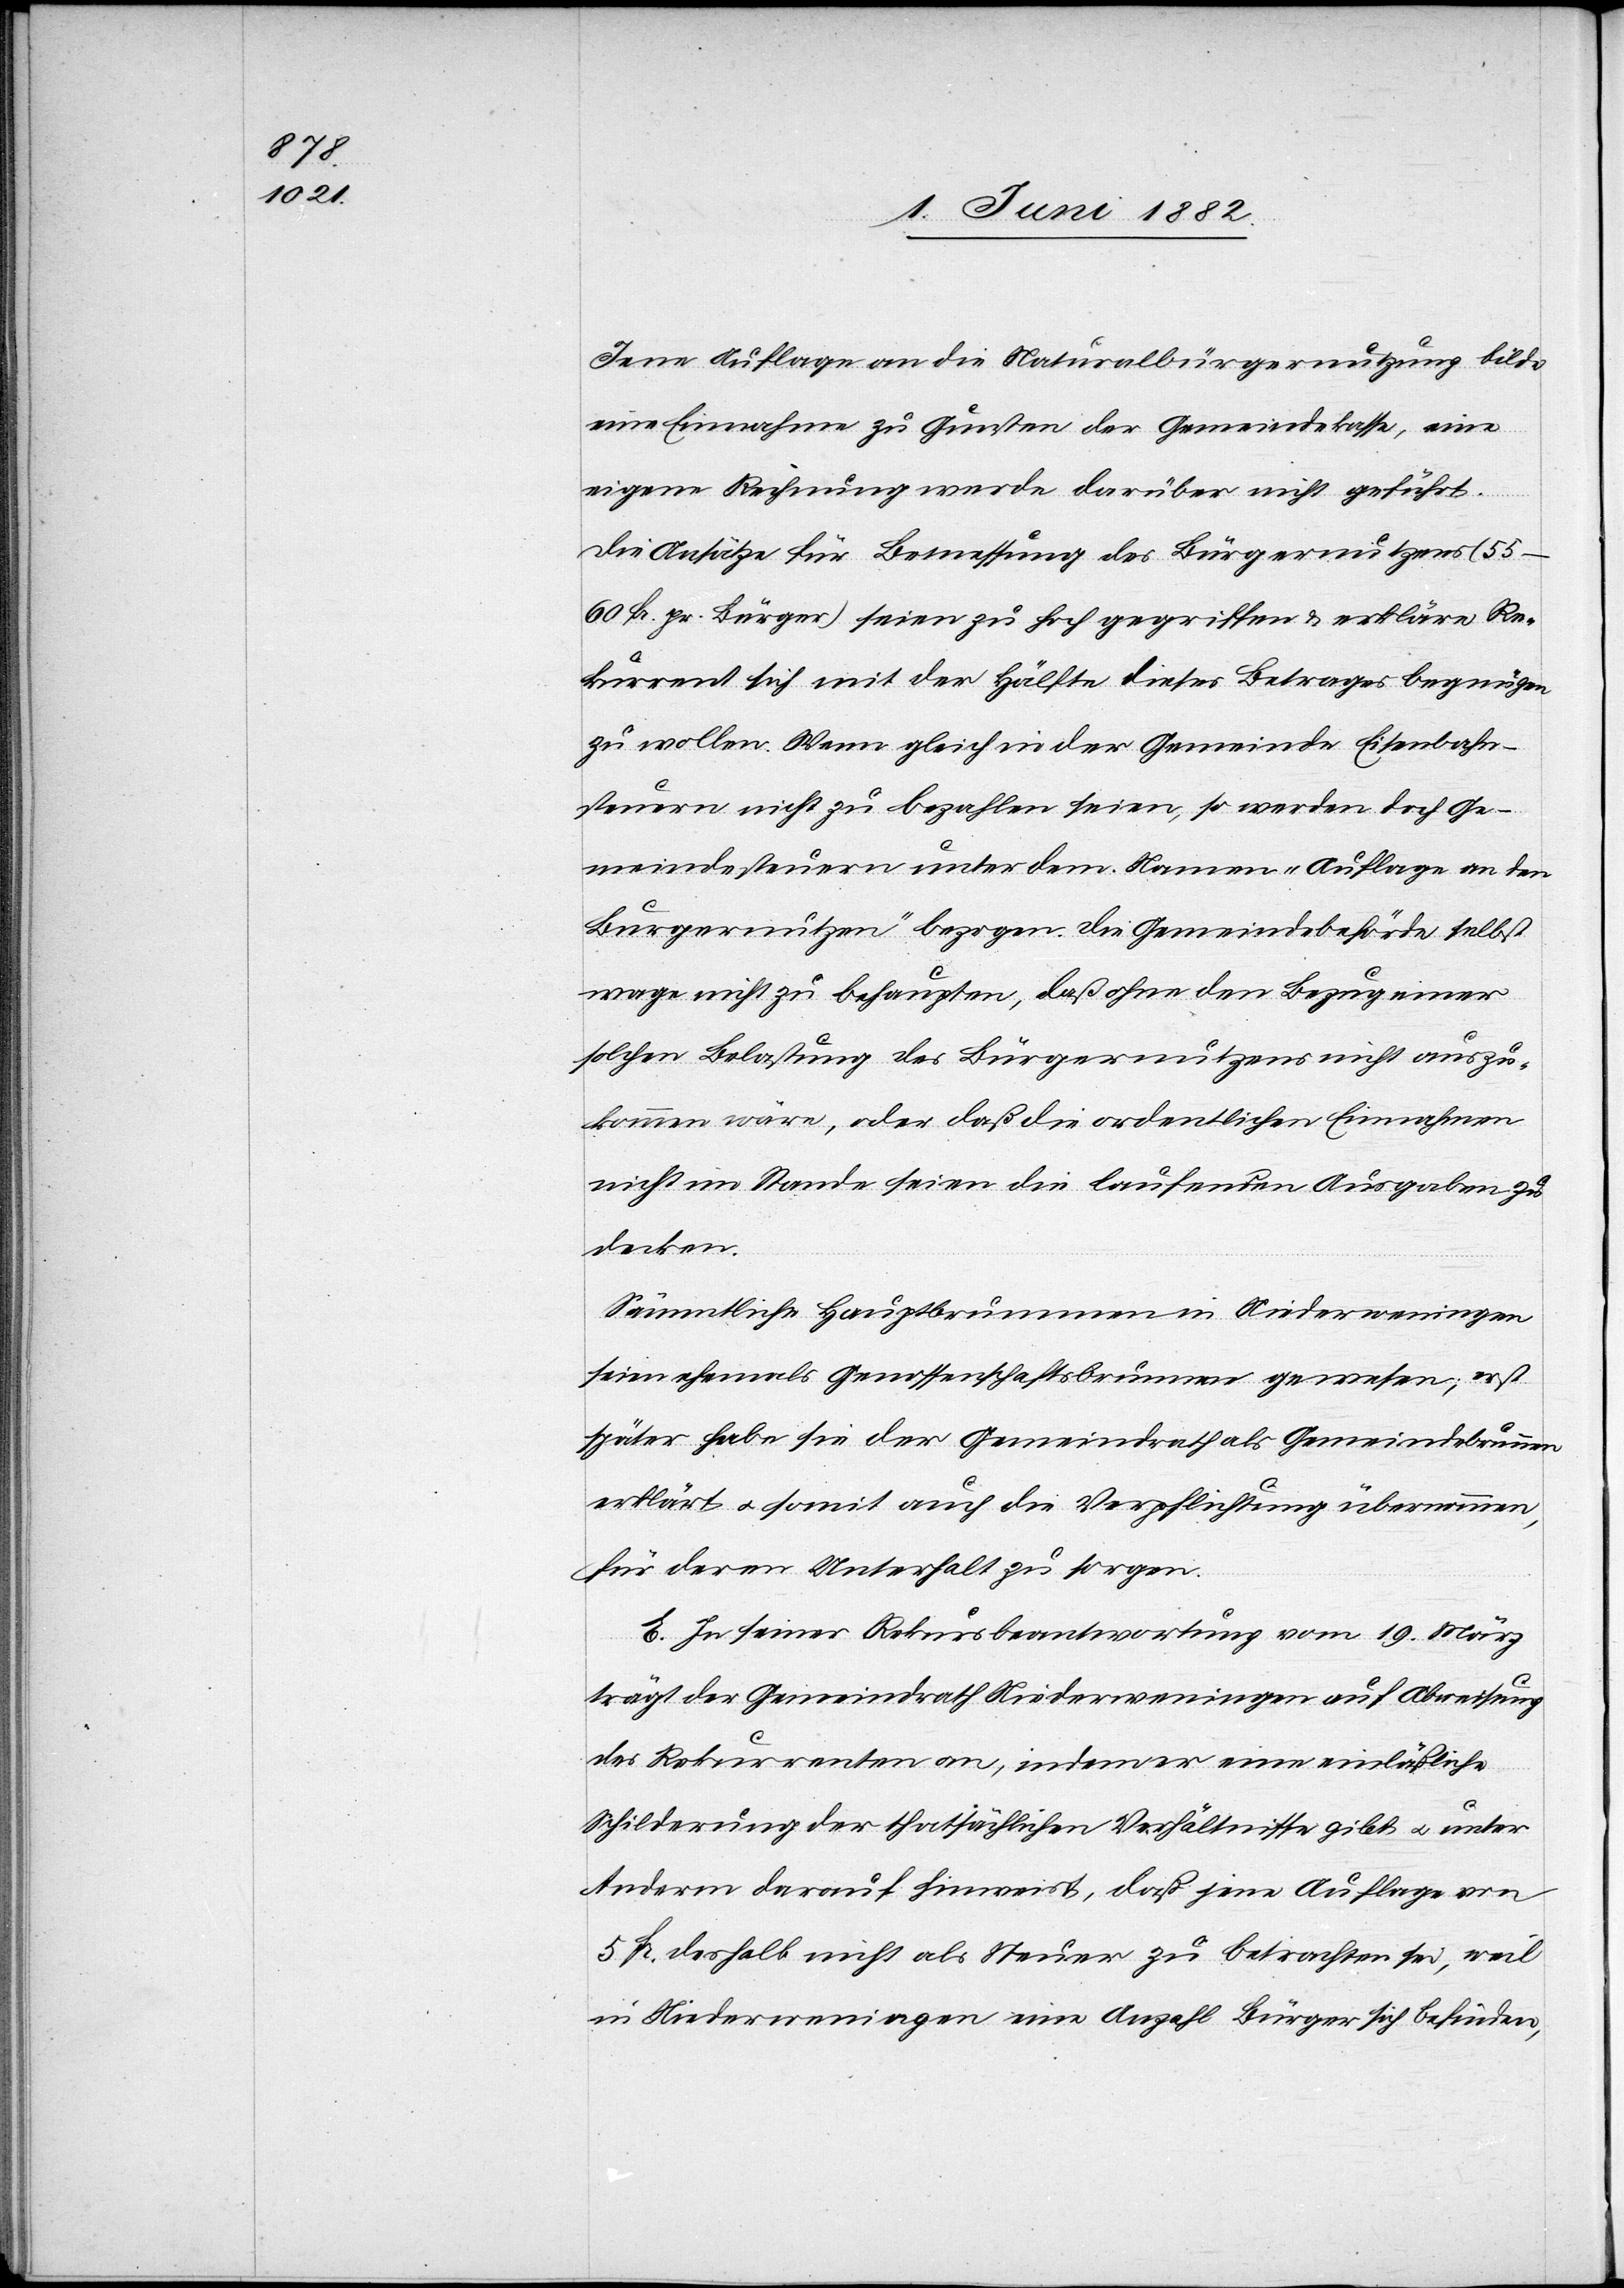
Jene Auflage an die Naturalbürgernutzung bilde
eine Einnahme zu Gunsten der Gemeindekasse, eine
eigene Rechnung werde darüber nicht geführt.
Die Ansätze für Bemessung des Bürgernutzens (55–60
Fr. pr. Bürger) seien zu hoch gegriffen & erkläre Re¬
kurrent sich mit der Hälfte dieses Betrages begnügen
zu wollen. Wenn gleich in der Gemeinde Eisenbahn¬
steuern nicht zu bezahlen seien, so werden doch Ge¬
meindesteuern unter dem Namen „Auflage an den
Bürgernutzen“ bezogen. Die Gemeindebehörde selbst
wage nicht zu behaupten, daß ohne den Bezug einer
solchen Belastung des Bürgernutzens nicht auszu¬
kommen wäre, oder daß die ordentlichen Einnahmen
nicht im Stande seien die laufenden Ausgaben zu
decken.
Sämmtliche Hauptbrunnen in Niederweningen
seien ehemals Genossenschaftsbrunnen gewesen; erst
später habe sie der Gemeindrath als Gemeindebrunnen
erklärt u. somit auch die Verpflichtung übernommen,
für deren Unterhalt zu sorgen.
E. In seiner Rekursbeantwortung vom 19. März
trägt der Gemeindrath Niederweningen auf Abweisung
des Rekurrenten an, indem er eine einläßliche
Schilderung der thatsächlichen Verhältnisse gibt u. unter
Anderm darauf hinweist, daß jene Auflage von
5 Fr. daselbst nicht als Steuer zu betrachten sei, weil
in Niederweningen eine Anzahl Bürger sich finden,